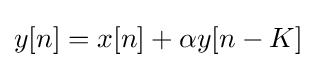
y[n]=x[n]+\alpha y[n-K]